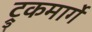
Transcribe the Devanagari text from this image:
ट्रुकमार्गे